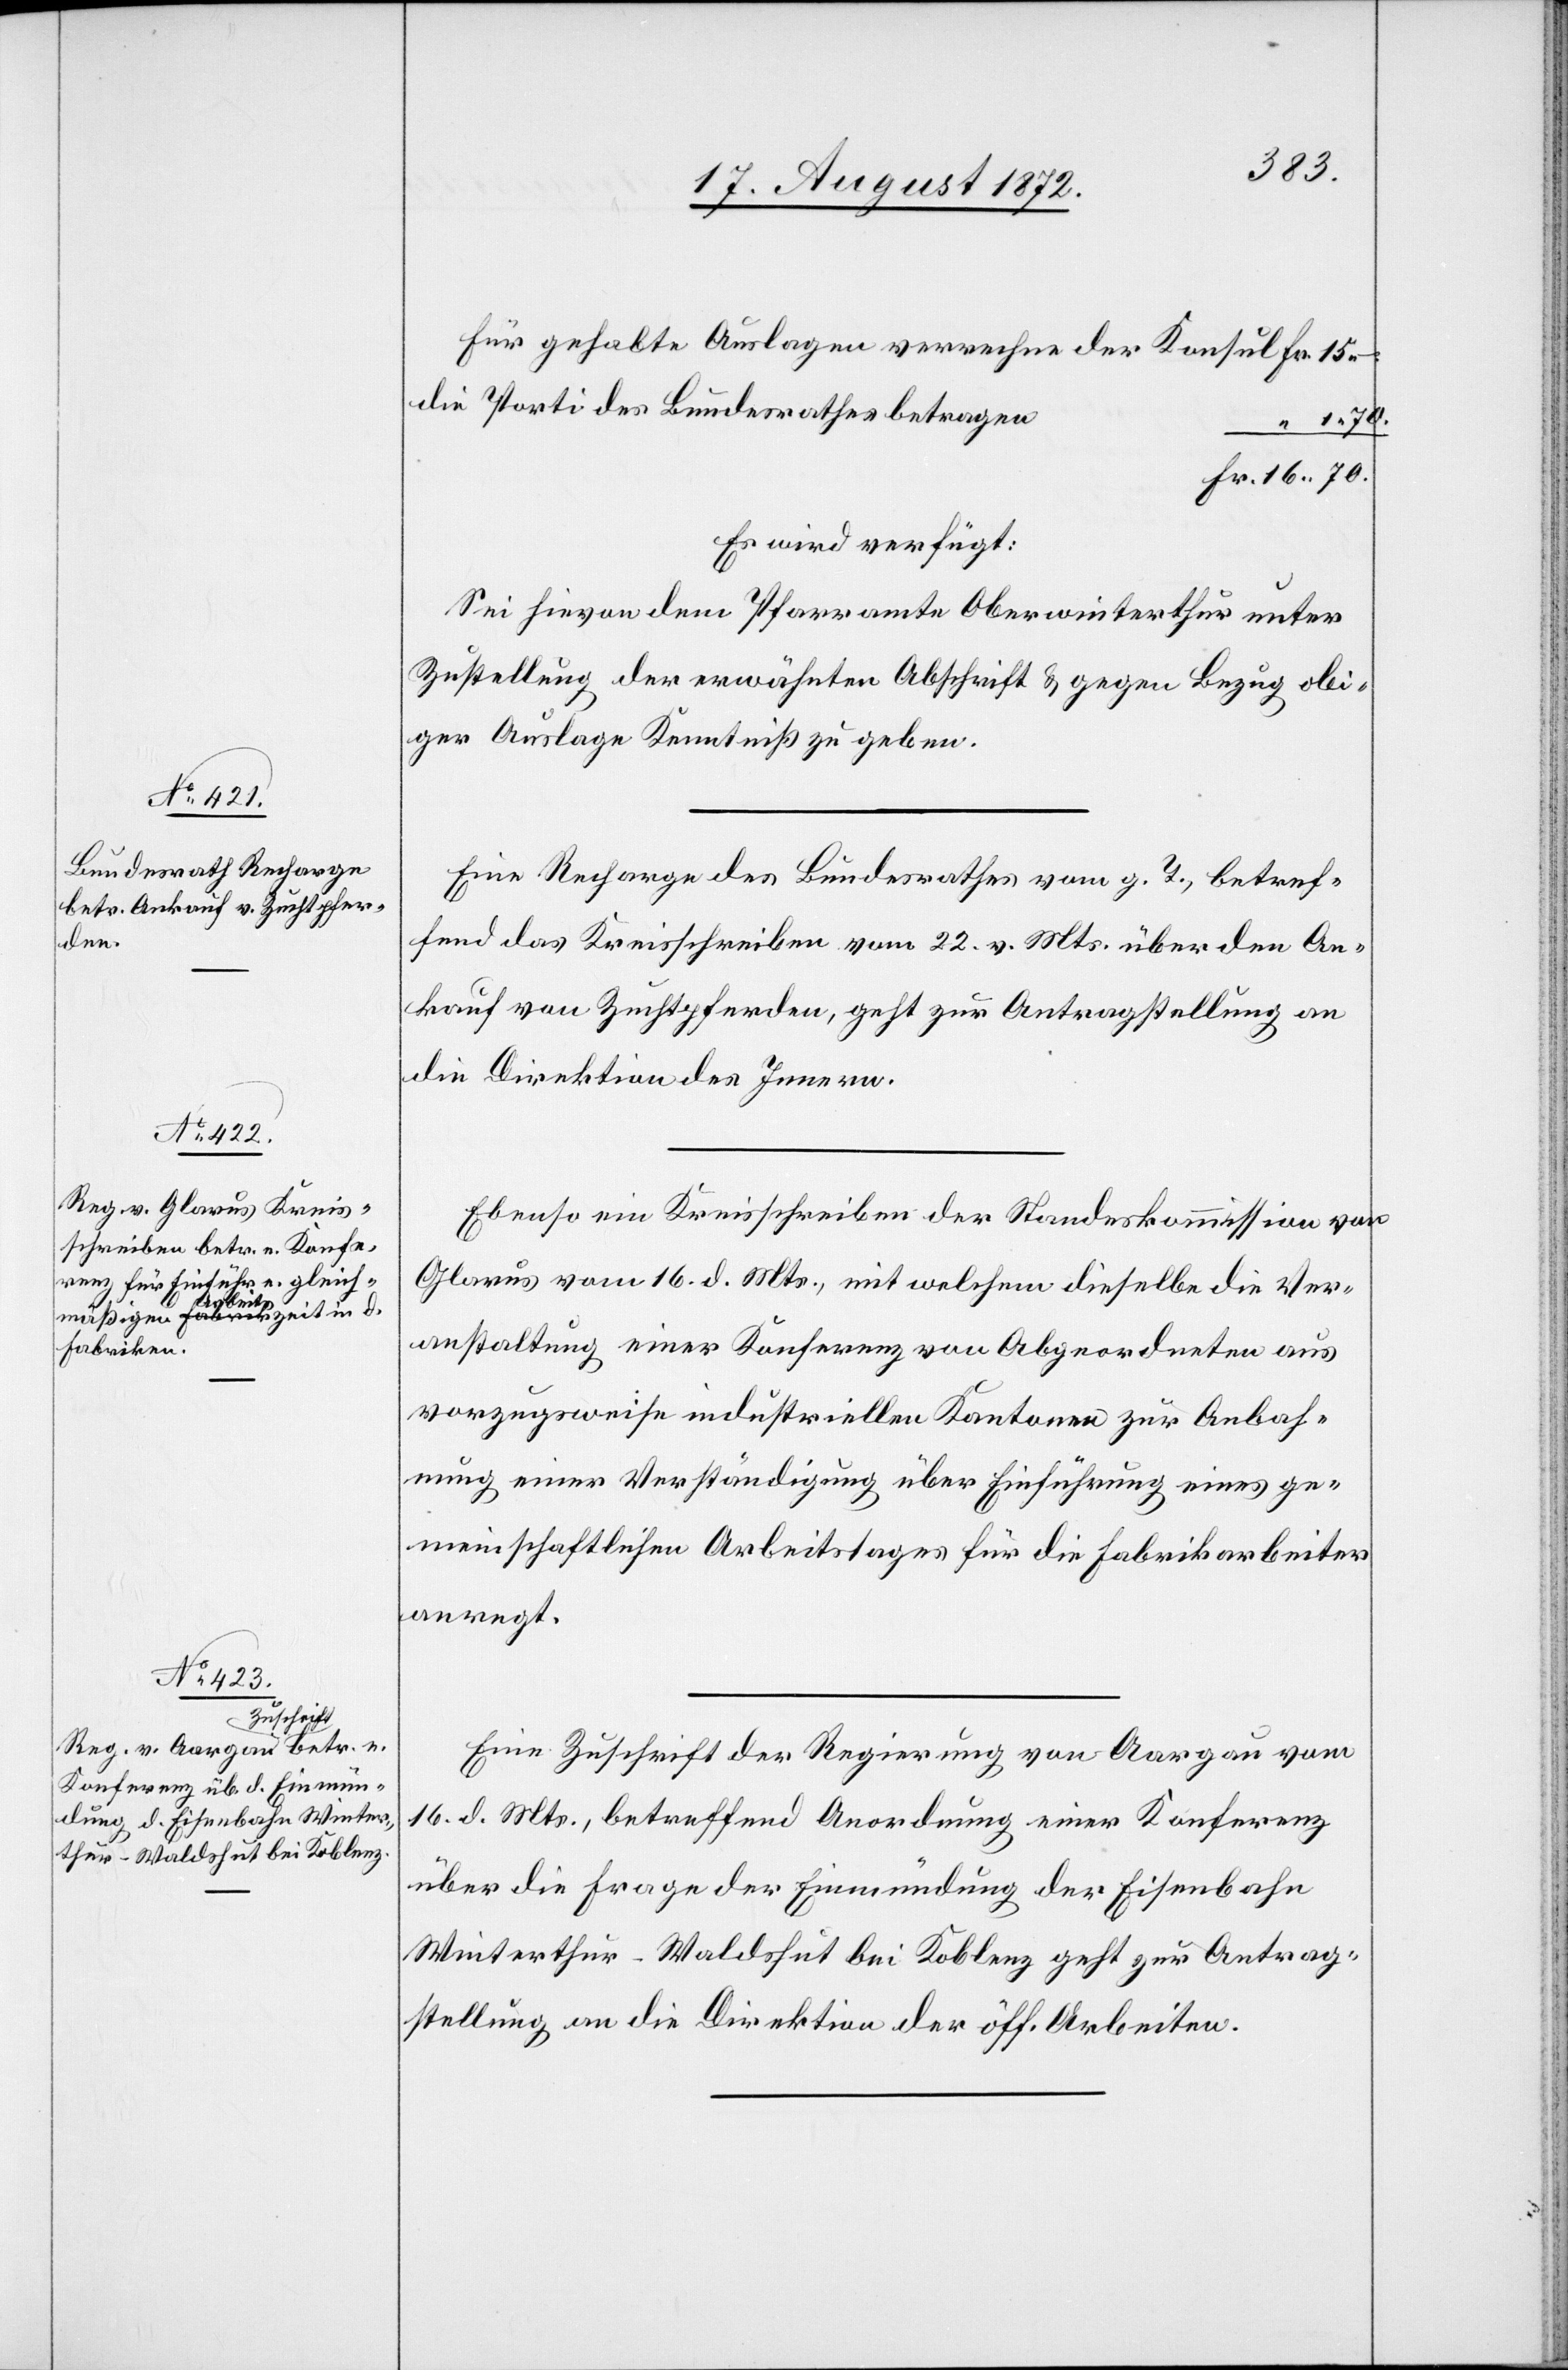
70.

20. August 1872.]
Für gehabte Auslagen verrechne der Konsul
die Porti des Bundesrathes betragen
1 70.
Es wird verfügt:
Sei hievon dem Pfarramte Oberwinterthur unter
Zustellung der erwähnten Abschrift u. gegen Bezug obi¬
ger Auslage Kenntniß zu geben.
Eine Recharge des Bundesrathes vom g. T., betref¬
fend das Kreisschreiben vom 22. v. Mts. über den An¬
kauf von Zuchtpferden, geht zur Antragstellung an
die Direktion des Innern.
Ebenso ein Kreisschreiben der Standeskommission von
Glarus vom 16. d. Mts., mit welchem dieselbe die Ver¬
anstaltung einer Konferenz von Abgeordneten aus
vorzugsweise industriellen Kantonen zur Anbah¬
nung einer Verständigung über Einführung eines ge¬
meinschaftlichen Arbeitstages für die Fabrikarbeiter
anregt.
Eine Zuschrift der Regierung von Aargau vom
16. d. Mts., betreffend Anordnung einer Konferenz
über die Frage der Einmündung der Eisenbahn
Winterthur–Waldshut bei Koblenz geht zur Antrag¬
stellung an die Direktion der öff. Arbeiten.